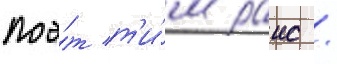
поэ́т т'и́м раис /